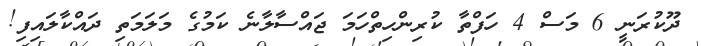
ދޫކުރަނީ 6 މަސް 4 ހަފްތާ ކުރިންހިތްހަމަ ޖައްސާލާނެ ކަމުގެ މަލަމަތި ދައްކާލައިފި!